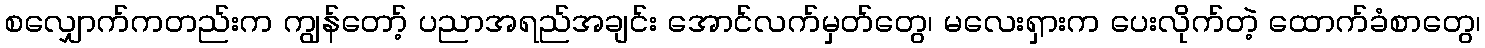
စလျှောက်ကတည်းက ကျွန်တော့် ပညာအရည်အချင်း အောင်လက်မှတ်တွေ၊ မလေးရှားက ပေးလိုက်တဲ့ ထောက်ခံစာတွေ၊